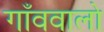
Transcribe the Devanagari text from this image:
गाँववालो